Emmaste_vallavalitsus, lk 11
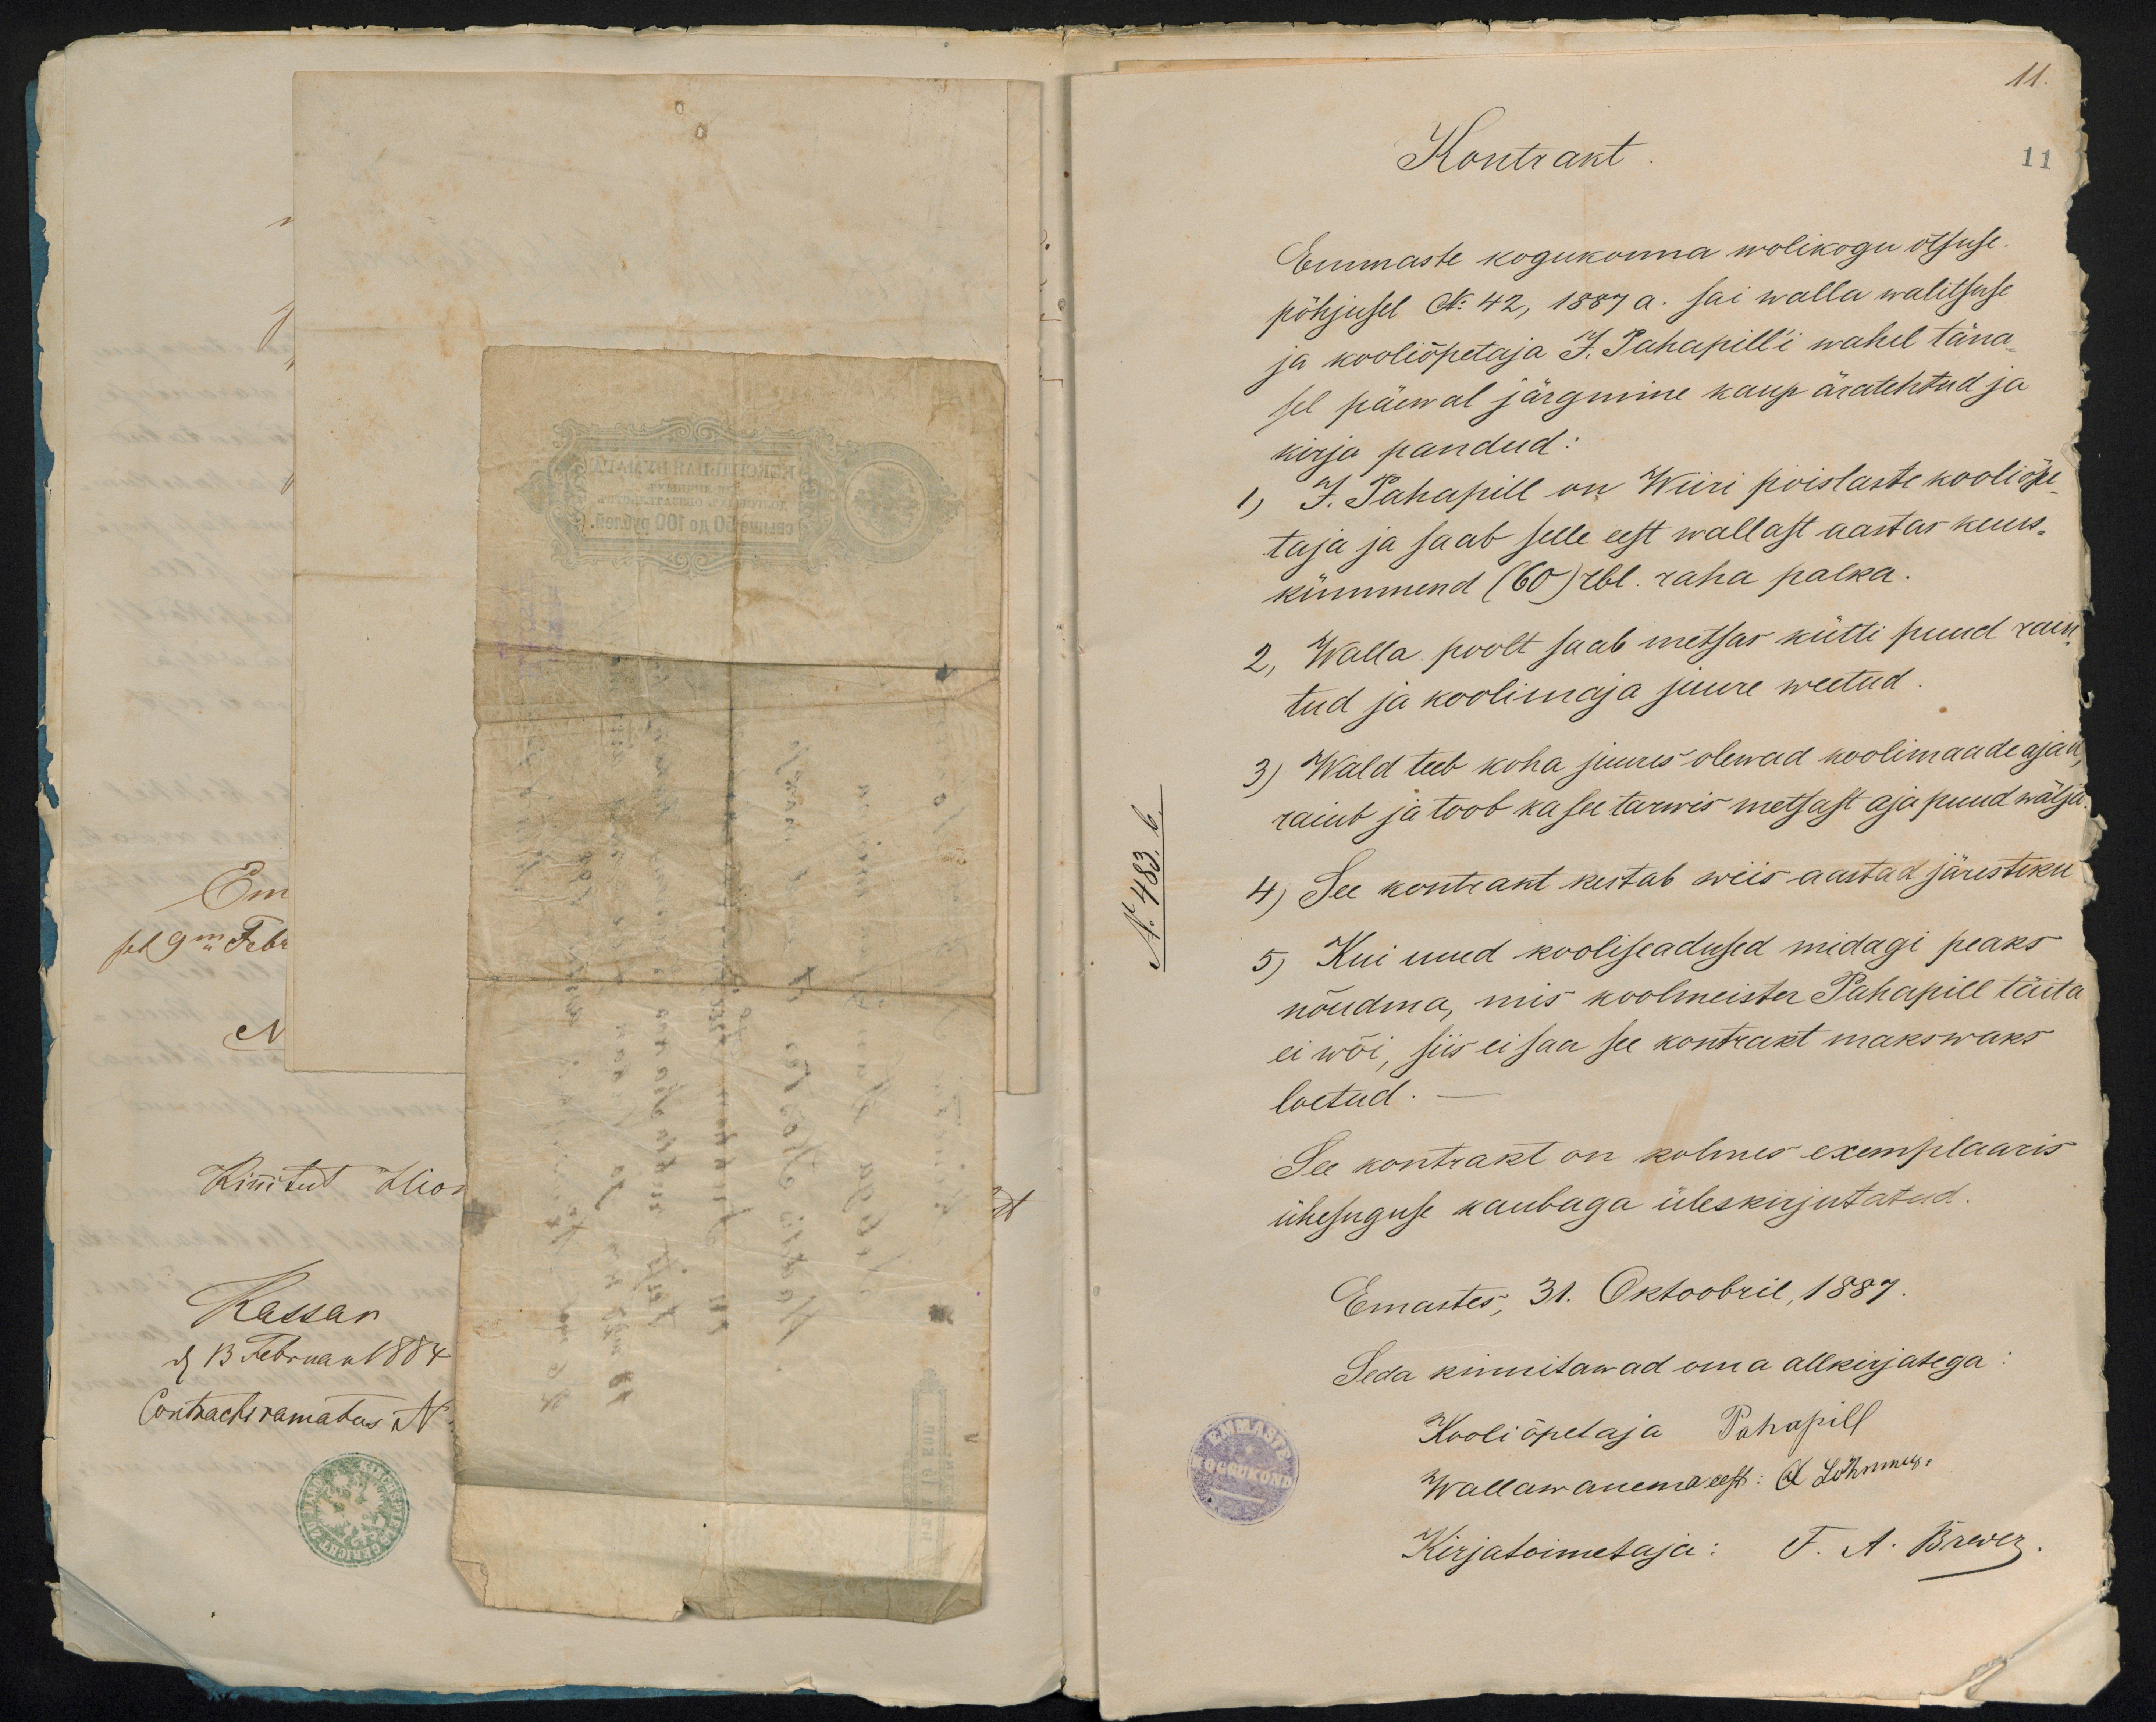
11.
Kontrakt
11
Emmaste kogukonna wolikogu otsuse.
põhjusel No 42, 1887 a. sai walla walitsuse
ja kooliõpetaja J. Pahapilli wahel täna-
sel päewal järgmine kaup äratehtud ja
kirja pandud:
1) J. Pahapill on Wiiri poislaste kooliõpi-
taja ja saab selle eest wallast aastas kuus-
kümmend (60) rbl. raha palka.
2, Walla poolt saab metsas kütti puud raiu
tud ja koolimaja juure weetud.
3) Wald teeb koha juures olewad koolimaade ajaks
raiub ja toob ka see tarwis metsast aja puud wälja
4) See kontrakt kestab wiis aastad järestiku
5) Kui uued kooliseadused midagi peaks
nõudma, mis koolmeister Pahapill täita
ei wõi, siis ei saa see kontrakt makswaks
loetud. -
See kontrakt on kolmes exemplaaris
ühesuguse kaubaga üleskirjutatud.
Emastes, 31. Oktoobril, 1887.
Seda kinnitawad oma allkirjatega
Kooliõpetaja Pahapill
Wallawanema eest: A Lohmusi
Kirjatoimetaja: F. A. Brewer